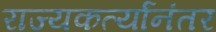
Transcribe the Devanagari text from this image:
राज्यकर्त्यांनंतर